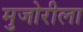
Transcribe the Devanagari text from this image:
मुजोरीला